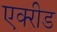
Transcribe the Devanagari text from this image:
एक्‍रीड